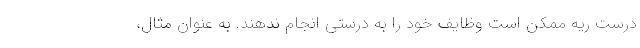
درست ریه ممکن است وظایف خود را به درستی انجام ندهند. به عنوان مثال،